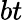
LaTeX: bt